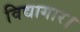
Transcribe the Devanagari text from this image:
विद्यागार।